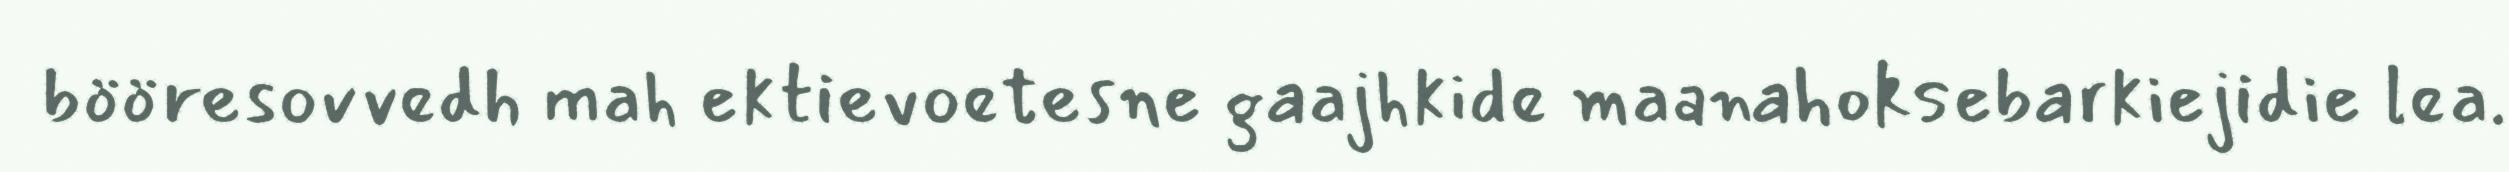
bööresovvedh mah ektievoetesne gaajhkide maanahoksebarkiejidie lea.